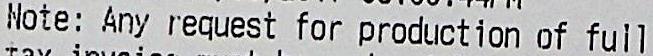
NOTE: ANY REQUEST FOR PRODUCTION OF FULL